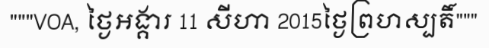
"""VOA, ថ្ងៃអង្គារ 11 សីហា 2015ថ្ងៃព្រហស្បតិ៍"""